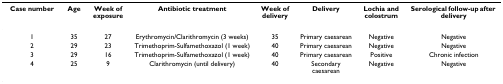
| Case number | Age | Week of exposure | Antibiotic treatment | Week of delivery | Delivery | Lochia and colostrum | Serological follow-up after delivery |
 | --- | --- | --- | --- | --- | --- | --- | --- |
 | 1 | 35 | 27 | Erythromycin/Clarithromycin (3 weeks) | 35 | Primary caesarean | Negative | Negative |
 | 2 | 29 | 23 | Trimethoprim-Sulfamethoxazol (1 week) | 40 | Primary caesarean | Negative | Negative |
 | 3 | 29 | 16 | Trimethoprim-Sulfamethoxazol (1 week) | 40 | Primary caesarean | Positive | Chronic infection |
 | 4 | 25 | 9 | Clarithromycin (until delivery) | 40 | Secondary caesarean | Negative | Negative |